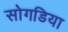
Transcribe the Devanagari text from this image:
सोगडिया